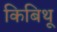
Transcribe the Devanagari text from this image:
किबिथू